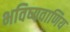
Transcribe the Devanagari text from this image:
भविष्यवाणिय